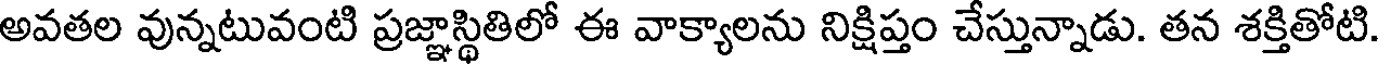
అవతల వున్నటువంటి ప్రజ్ఞాస్థితిలో ఈ వాక్యాలను నిక్షిప్తం చేస్తున్నాడు. తన శక్తితోటి